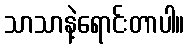
သာသာနဲ့ရောင်းတာပါ။